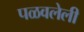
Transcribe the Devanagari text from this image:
पळवलेली